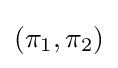
(\pi _{1},\pi _{2})